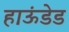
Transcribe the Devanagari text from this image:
हाऊंडेड